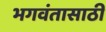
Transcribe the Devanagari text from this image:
भगवंतासाठी